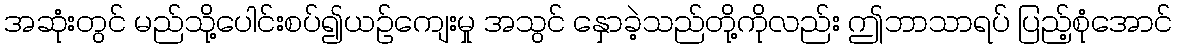
အဆုံးတွင် မည်သို့ပေါင်းစပ်၍ယဉ်ကျေးမှု အသွင် နှောခဲ့သည်တို့ကိုလည်း ဤဘာသာရပ် ပြည့်စုံအောင်